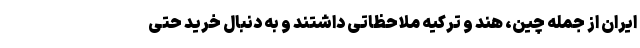
ایران از جمله چین، هند و ترکیه ملاحظاتی داشتند و به دنبال خرید حتی